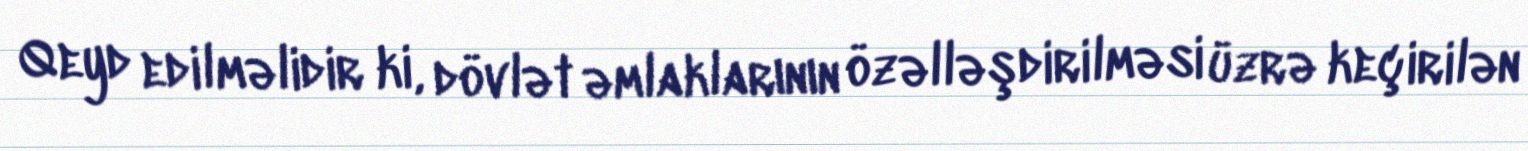
Qeyd edilməlidir ki, dövlət əmlaklarının özəlləşdirilməsi üzrə keçirilən